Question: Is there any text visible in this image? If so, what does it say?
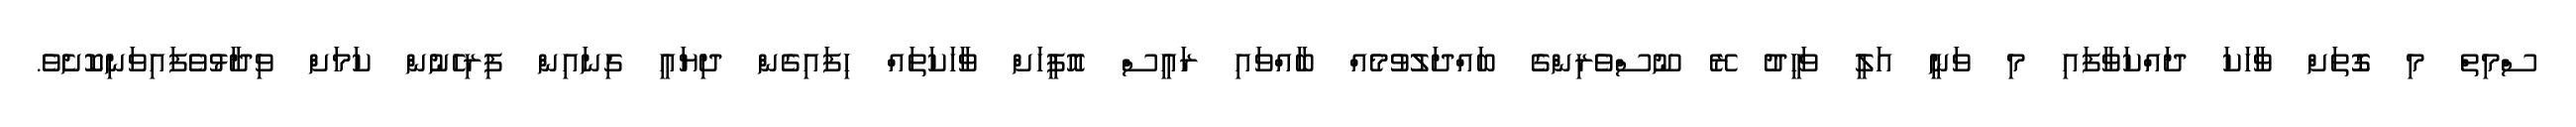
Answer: ސްމިތް މި ގޮތަށް ވާހަކަ ދައްކަވާފައި މި ވަނީ އަލީ ވަހީދު ރޭ ނޫސްވެރިންގެ ބައްދަލުވުމެއް ބާއްވައި ރައީސް އޮފީހަށް ވާހަކަތައް ހިފައިގެން ދިޔައީ ގިނައިން ފިރިހެނުން ކަމަށް ވިދާޅުވެފައިވަނިކޮށެވެ.